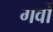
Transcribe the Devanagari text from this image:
गर्वो